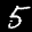
Label: 5